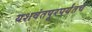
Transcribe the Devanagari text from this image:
यशवंतपूरपर्यंतच